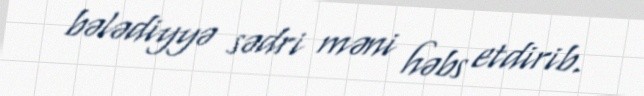
bələdiyyə sədri məni həbs etdirib.